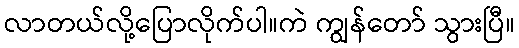
လာတယ်လို့ပြောလိုက်ပါ။ကဲ ကျွန်တော် သွားပြီ။